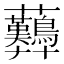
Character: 𧆚